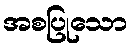
အစပြုသော